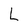
Character: L